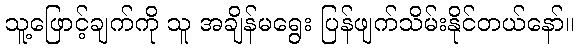
သူ့ဖြောင့်ချက်ကို သူ အချိန်မရွေး ပြန်ဖျက်သိမ်းနိုင်တယ်နော်။